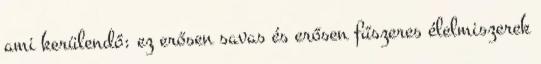
ami kerülendő: ez erősen savas és erősen fűszeres élelmiszerek